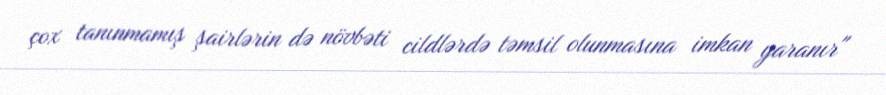
çox tanınmamış şairlərin də növbəti cildlərdə təmsil olunmasına imkan yaranır"